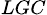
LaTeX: _{LGC}